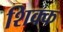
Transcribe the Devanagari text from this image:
शिक्क